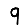
Digit: 9